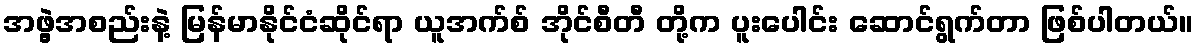
အဖွဲ့အစည်းနဲ့ မြန်မာနိုင်ငံဆိုင်ရာ ယူအက်စ် အိုင်စီတီ တို့က ပူးပေါင်း ဆောင်ရွက်တာ ဖြစ်ပါတယ်။